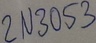
Text: 2N3053